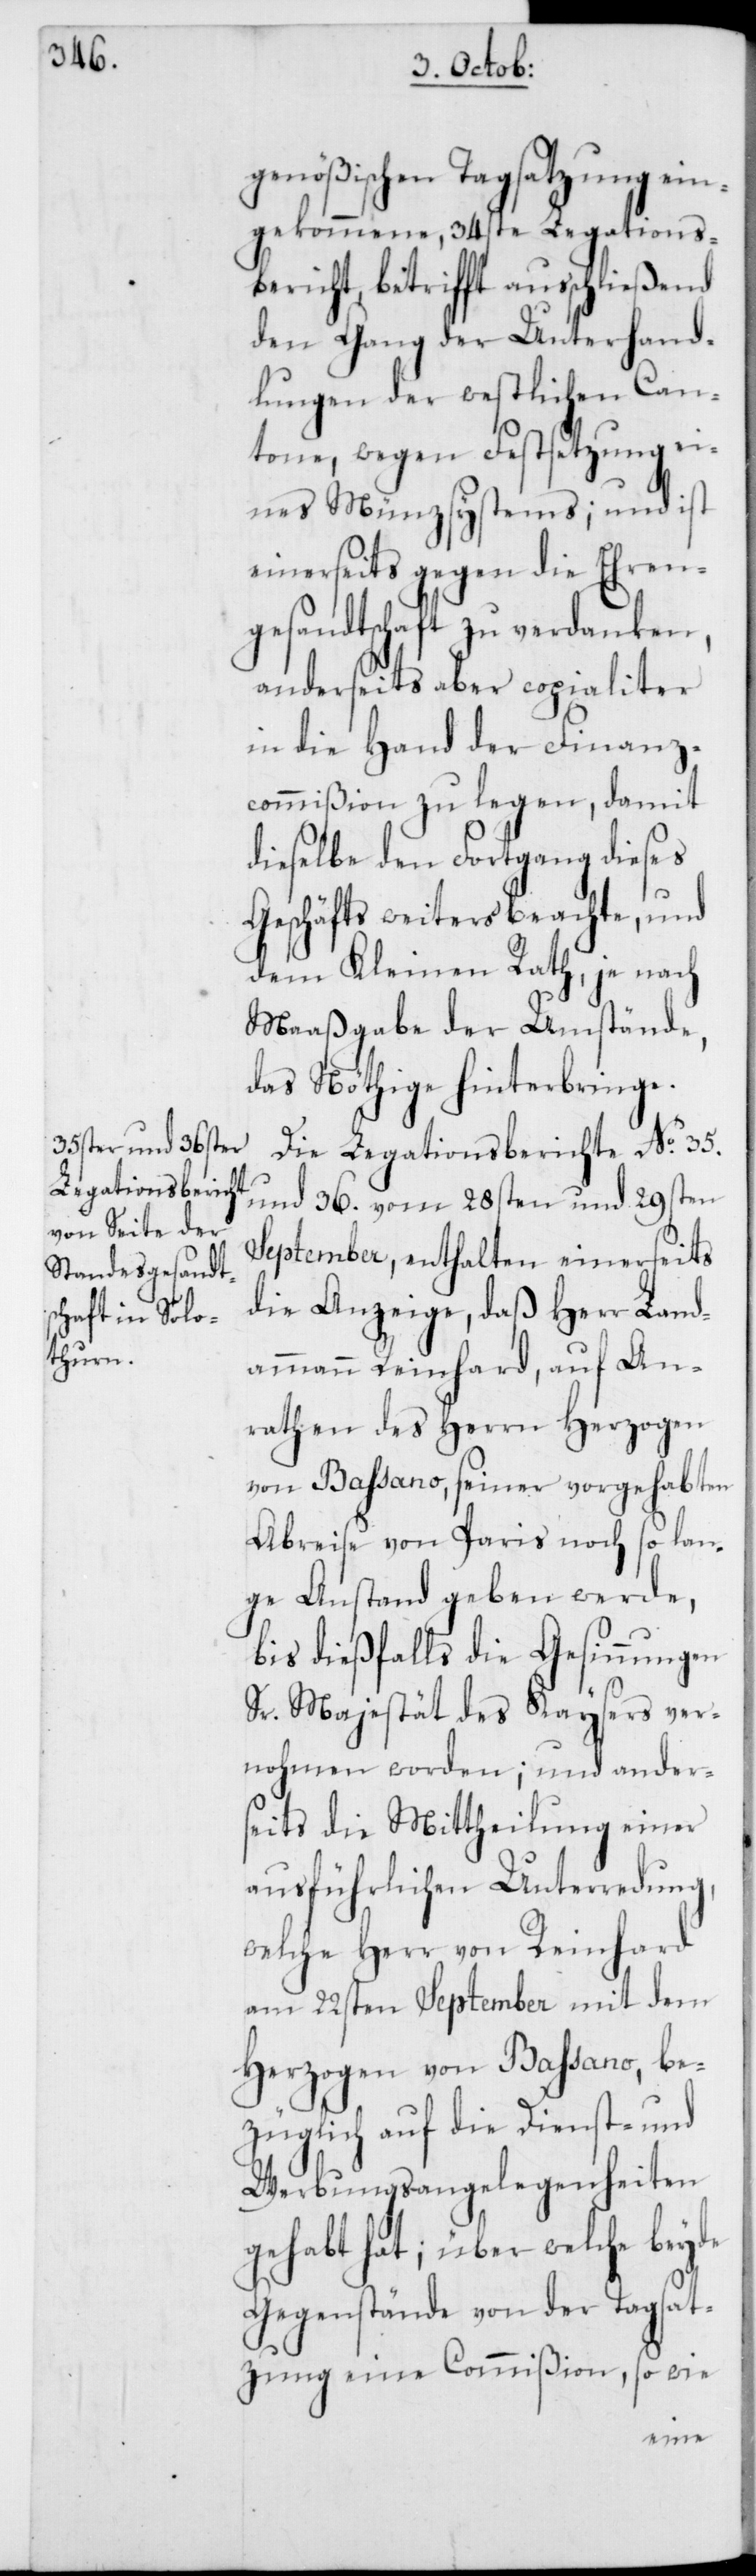
genößischen Tagsatzung ein¬
gekommene, 34ste Legations¬
bericht, betrifft ausschließend
den Gang der Unterhand¬
lungen der westlichen Can¬
tone, wegen Festsetzung ei¬
nes Münzsystems; und ist
einerseits gegen die Ehren¬
gesandtschaft zu verdanken,
anderseits aber copialiter
in die Hand der Finanz¬
commißion zu legen, damit
dieselbe den Fortgang dieses
Geschäfts weiters beachte, und
dem Kleinen Rath, je nach
Maaßgabe der Umstände,
das Nöthige hinterbringe.
Die Legationsberichte No. 35.
und 36. vom 28sten und 29sten
September, enthalten einerseits
die Anzeige, daß Herr Land¬
ammann Reinhard, auf An¬
rathen des Herrn Herzogen
von Baßano, seiner vorgehabten
Abreise von Paris noch so lan¬
ge Anstand geben werde,
bis dießfalls die Gesinnungen
Sr. Majestät des Kaysers ver¬
nohmen worden; und ander¬
seits die Mittheilung einer
ausführlichen Unterredung,
welche Herr von Reinhard
am 22sten September mit dem
Herzogen von Baßano, be¬
züglich auf die Dienst- und
Werbungsangelegenheiten
gehabt hat; über welche beyde
Gegenstände von der Tagsat¬
zung eine Commißion, so wie